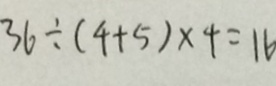
3 6 \div ( 4 + 5 ) \times 4 = 1 6